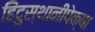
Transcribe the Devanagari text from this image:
हिंदुस्थानींपेक्षा